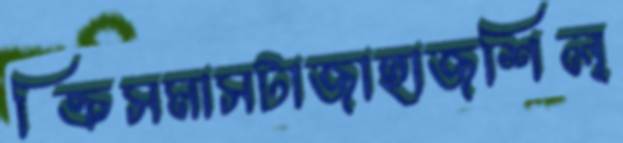
ক্রিসমাসটাজাহাজশিল্